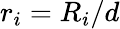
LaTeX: r_{i}=R_{i}/d